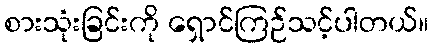
စားသုံးခြင်းကို ရှောင်ကြဉ်သင့်ပါတယ်။